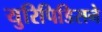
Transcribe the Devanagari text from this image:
युरिपिडिसने